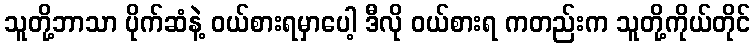
သူတို့ဘာသာ ပိုက်ဆံနဲ့ ဝယ်စားရမှာပေါ့ ဒီလို ဝယ်စားရ ကတည်းက သူတို့ကိုယ်တိုင်